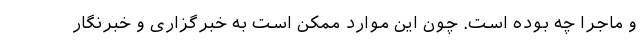
و ماجرا چه بوده است. چون این موارد ممکن است به خبرگزاری و خبرنگار